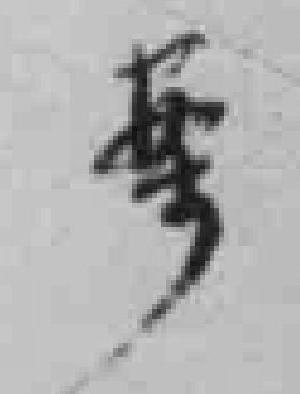
*